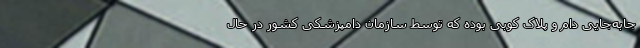
جابه‌جایی دام و پلاک کوبی بوده که توسط سازمان دامپزشکی کشور در حال